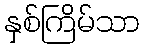
နှစ်ကြိမ်သာ